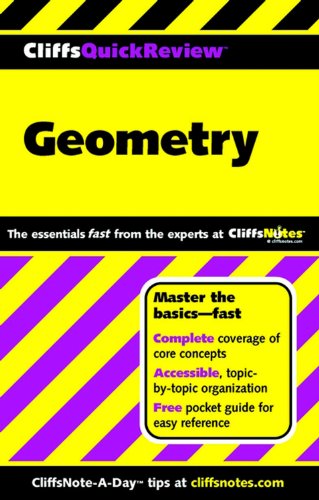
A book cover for CliffsQuickReview Geometry; Edward Kohn; Science & Math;